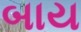
બાય